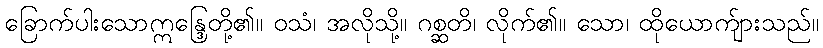
ခြောက်ပါးသောဣန္ဒြေတို့၏။ ဝသံ၊ အလိုသို့။ ဂစ္ဆတိ၊ လိုက်၏။ သော၊ ထိုယောက်ျားသည်။